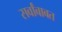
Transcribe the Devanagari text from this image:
सर्वांबाबत